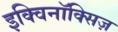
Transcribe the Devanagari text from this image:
इक्विनॉक्सिज़